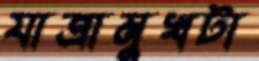
যাত্রামুখটা